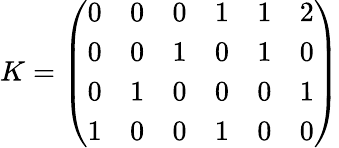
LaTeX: K=\left(\begin{array}{llllll}{{0}}&{{0}}&{{0}}&{{1}}&{{1}}&{{2}}\\ {{0}}&{{0}}&{{1}}&{{0}}&{{1}}&{{0}}\\ {{0}}&{{1}}&{{0}}&{{0}}&{{0}}&{{1}}\\ {{1}}&{{0}}&{{0}}&{{1}}&{{0}}&{{0}}\end{array}\right)